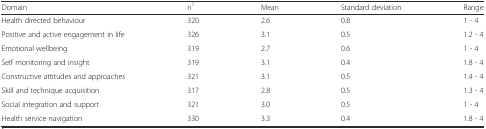
| Domain | n1 | Mean | Standard deviation | Range |
 | --- | --- | --- | --- | --- |
 | Health directed behaviour | 320 | 2.6 | 0.8 | 1 - 4 |
 | Positive and active engagement in life | 326 | 3.1 | 0.5 | 1.2 - 4 |
 | Emotional wellbeing | 319 | 2.7 | 0.6 | 1 - 4 |
 | Self monitoring and insight | 319 | 3.1 | 0.4 | 1.8 - 4 |
 | Constructive attitudes and approaches | 321 | 3.1 | 0.5 | 1.4 - 4 |
 | Skill and technique acquisition | 317 | 2.8 | 0.5 | 1.3 - 4 |
 | Social integration and support | 321 | 3.0 | 0.5 | 1 - 4 |
 | Health service navigation | 330 | 3.3 | 0.4 | 1.8 - 4 |